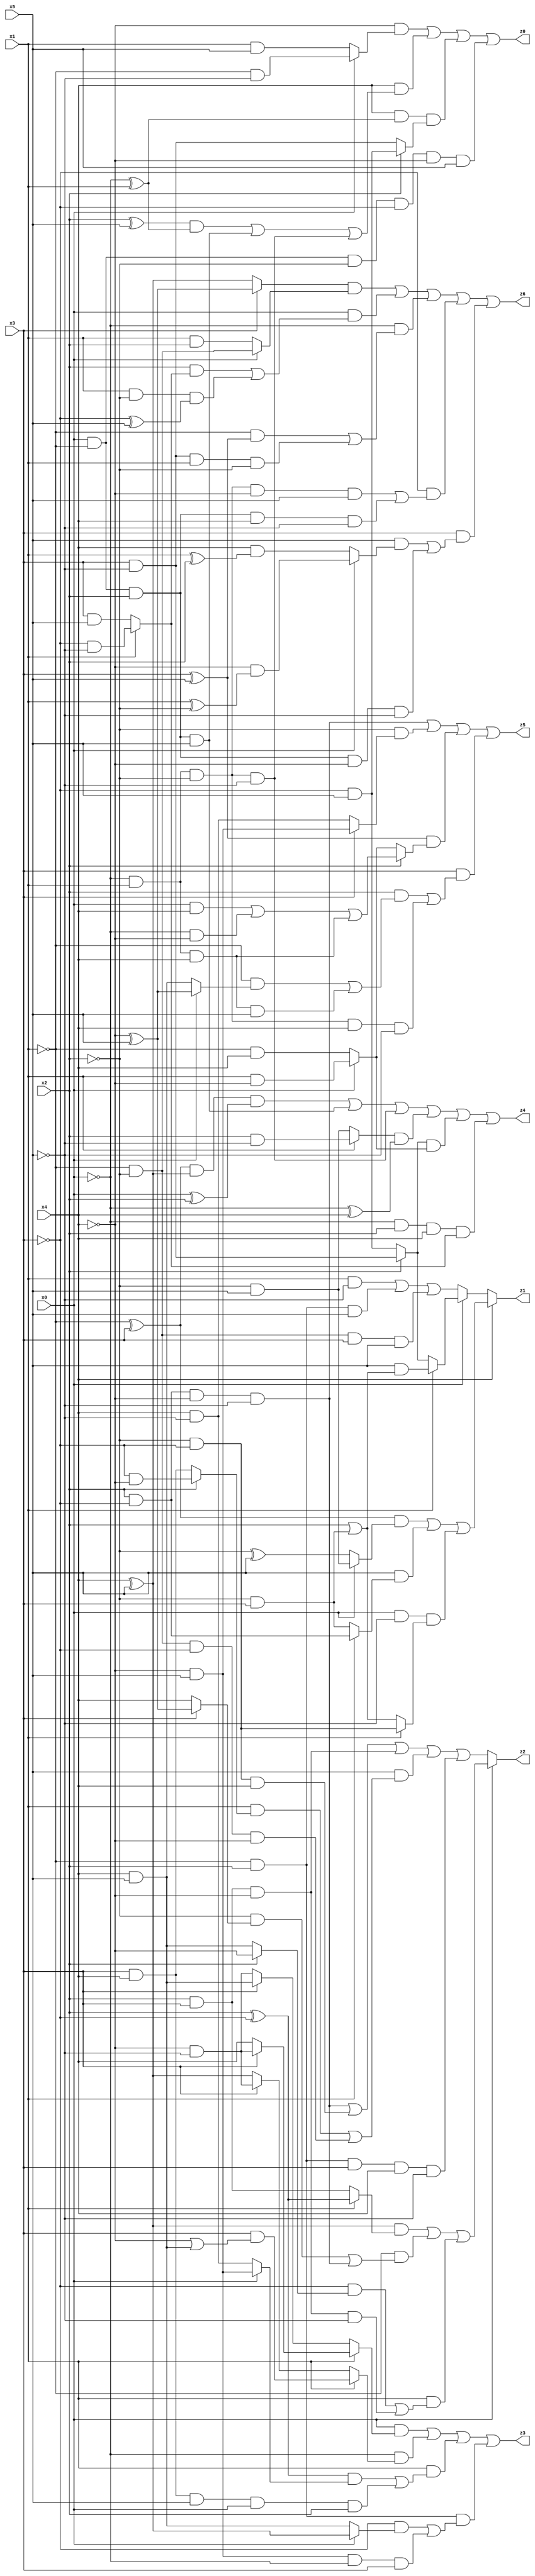
// Benchmark "X_24" written by ABC on Thu Jun 29 21:18:14 2023

module X_24 ( 
    x0, x1, x2, x3, x4, x5,
    z0, z1, z2, z3, z4, z5, z6  );
  input  x0, x1, x2, x3, x4, x5;
  output z0, z1, z2, z3, z4, z5, z6;
  assign z0 = (~x4 & (x0 ? (~x1 & ~x5) : (x1 & x5))) | (x4 & (((x2 ^ x5) & (~x0 ^ x1)) | (x0 & ~x1 & x2 & x5) | (~x0 & x1 & ~x2 & ~x5))) | (x4 & (~x0 ^ x1) & (x2 ? (~x3 & x5) : (x3 & ~x5))) | (x0 & ~x1 & ~x2 & ~x3 & ~x4 & x5);
  assign z1 = x4 ? (((~x1 ^ x3) & (x0 ? (~x2 & x5) : (~x2 ^ x5))) | (x5 & (x1 ? (x2 & ~x3) : (~x2 & x3))) | (x0 & ~x5 & (x1 ? (~x2 & ~x3) : (x2 | (~x2 & x3))))) : (x0 ? (x1 ? (x5 & (x2 | (~x2 & x3))) : (x2 ? (x3 & ~x5) : (~x3 & x5))) : ((x1 & ~x5) | (~x1 & x2 & x5) | (~x1 & ~x2 & x3 & x5)));
  assign z2 = x0 ? (((x4 ^ x5) & (x1 ? (x2 ^ ~x3) : (x2 & x3))) | (~x1 & ((~x2 & (x3 ? (~x4 ^ x5) : x4)) | (x2 & ~x3 & ~x4 & ~x5))) | (x1 & ((~x3 & (x2 ? ~x4 : (x4 & x5))) | (x2 & x3 & ~x4 & ~x5)))) : ((x2 & ~x3 & ~x4 & ~x5) | (~x2 & ~x3 & x4) | (x2 & x3 & ~x4) | (x5 & ((x1 & (x2 ? (~x3 & ~x4) : (x3 & x4))) | (~x1 & ~x2 & ~x3 & ~x4))) | (~x1 & x2 & x3 & x4 & ~x5));
  assign z3 = (x0 & (x1 ? (x3 ? (~x4 & ~x5) : x4) : (x3 ? (x4 & x5) : (~x4 & ~x5)))) | (~x0 & (x1 ? (x3 & (~x4 | (x4 & x5))) : (x3 ? (~x4 & ~x5) : (x4 ^ x5)))) | (x1 & (((x2 ^ ~x3) & (x0 ? (~x4 & x5) : (x4 & ~x5))) | (x3 & x4 & x5 & x0 & x2))) | (~x1 & x2 & ((~x3 & (x0 ? (x4 ^ x5) : (x4 & x5))) | (~x4 & x5 & ~x0 & x3)));
  assign z4 = ((~x1 ^ x3) & (x4 ^ x5) & (x0 ^ x2)) | (x0 & ~x1 & x2 & x5) | (~x0 & x1 & ~x2 & ~x5) | ((x1 ? (x2 & ~x5) : (~x2 & x5)) & (~x0 ^ x4)) | ((x2 ? (x3 & ~x5) : (~x3 & x5)) & (x0 ? (x1 & ~x4) : (~x1 & x4))) | (~x0 & x2 & x4 & (x1 ? (~x3 & ~x5) : (x3 & x5)));
  assign z5 = (x2 & ~x3 & ~x4 & ~x5) | (~x2 & (x3 ? (~x4 & x5) : (x4 & ~x5))) | ((x3 ^ x5) & (x2 ? ((x0 & x4) | (~x0 & ~x4) | (~x0 & x1 & x4)) : (x0 ? (x1 & ~x4) : (~x1 & x4)))) | (x3 & ((x2 & ((~x1 & (x0 ? (~x4 ^ x5) : (x4 & x5))) | (~x0 & x1 & x4 & x5))) | (~x0 & x1 & ~x2 & x4 & ~x5)));
  assign z6 = ((x3 ? (~x4 ^ x5) : (x4 ^ x5)) & (x0 ? (~x1 & ~x2) : (x1 & x2))) | (x0 & ((x2 & (x1 ? (~x3 & ~x5) : (x3 & x5))) | (x1 & ~x2 & (~x3 ^ x5)))) | (~x0 & ((~x1 & (x3 ^ x5)) | (x3 & ~x5 & x1 & ~x2))) | (~x3 & ((~x0 & x1 & ~x2 & ~x4 & x5) | (x0 & ~x1 & x2 & x4 & ~x5))) | (x3 & ((x5 & (x0 ? (~x4 & (x1 ^ ~x2)) : (x4 & (x1 ^ x2)))) | (x0 & ~x1 & x2 & ~x4 & ~x5)));
endmodule